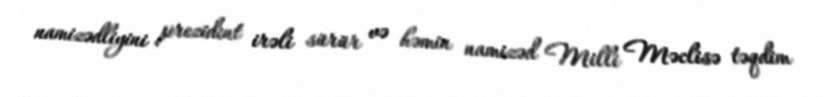
namizədliyini prezident irəli sürür və həmin namizəd Milli Məclisə təqdim